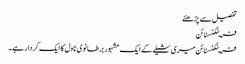
تفصیل سے پڑھئے
فرینکنسٹائن
فرینکنسٹائن میری شیلے کے ایک مشہور برطانوی ناول کا ایک کردار ہے۔